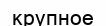
крупное